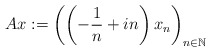
\begin{align*}Ax := \left(\left(-\frac{1}{n} + i n\right) x_n\right)_{n \in \mathbb{N}}\end{align*}